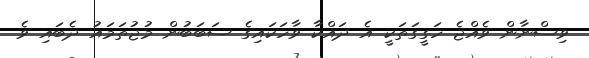
ވިސްނާން ވެއްޖެ ހަގީގަތަކީ އެ ދައްކާ ވާހަކައިގެ ސަބަބުން މުޖުތަމައު ދެބައި ވެ